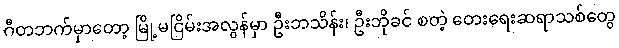
ဂီတဘက်မှာတော့ မြို့မငြိမ်းအလွန်မှာ ဦးဘသိန်း၊ ဦးဘိုခင် စတဲ့ တေးရေးဆရာသစ်တွေ